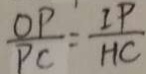
\frac { O P } { P C } = \frac { i P } { H C }